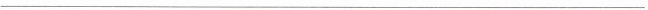
___